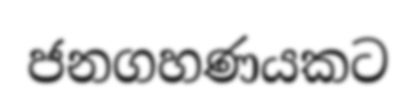
ජනගහණයකට